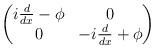
LaTeX: \begin{align*} \begin{pmatrix} i \frac{d}{d x} -\phi & 0 \\0 & -i \frac{d}{d x} +\phi\end{pmatrix}\end{align*}